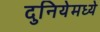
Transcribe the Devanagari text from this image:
दुनियेमध्ये